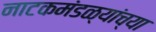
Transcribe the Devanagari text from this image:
नाटकमंडळ्यांच्या